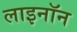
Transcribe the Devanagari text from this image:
लाइनॉन